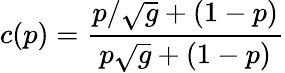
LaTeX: c(p)={\frac{p/\sqrt{g}+(1-p)}{p\sqrt{g}+(1-p)}}